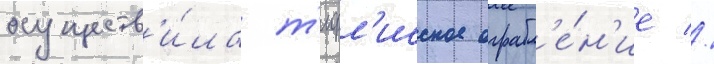
осуществ'и́ла т'ифл'исское ограбл'е́н'ие //